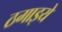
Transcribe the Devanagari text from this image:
ठगाइये